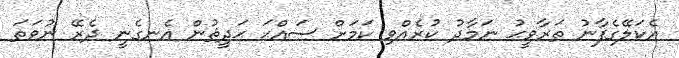
އެކަލޭގެފާނު ތަރާވީޙު ނަމާދު ކުރެއްވި ކަމަށް ސައްޙަ ޙަދީޘުން އެނގެނީ ދެރޭ ނުވަތަ